Medical and sanitary report of the native army of Bengal for the year
Year: 1877
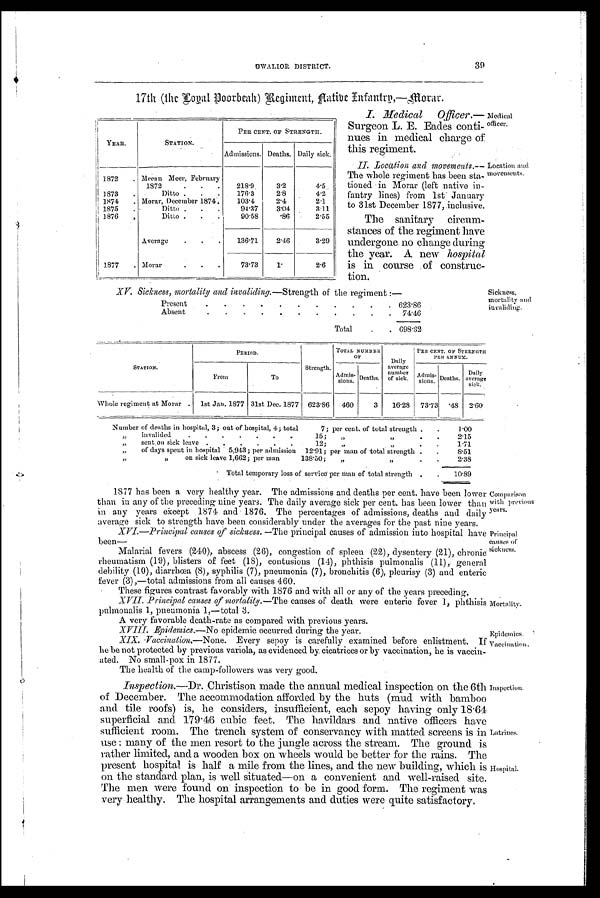
Medical
officer.
Location and
movements.
Comparison
with previous
years.
Principal
causes of
sickness.
Mortality.
Epidemics.
Vaccination.
39
G W A L I O R D I S T R I C T .
17th (the Loyal Doorbeah) Regiment, Native Infantry, —Morar.
YEAR.
STATION.
PER CENT. OF STRENGTH.
Admissions. Deaths. Daily sick.
1872
. Meean Meer, February
1872
. .
.
.
218.9
3.2
4.5
1873
.
Ditto .
.
.
176.3
2.8
4.2
1 8 7 4
.
Morar, December 1874.
103.4
2.4
2.1
1875
.
Ditto .
.
.
94.37
3.04
3.11
1876 ,
Ditto .
.
.
90.58
. 8 6
2.55
Average
.
.
.
136.71
2.46
3.29
1877
. Morar
.
.
.
73.73
1.
2.6
I. Medical Officer.—
Surgeon L. E. Eades conti-
nues in medical charge of
this regiment.
II. Location and movements.—
The whole regiment has been sta-
tioned in Morar (left native in-
fantry lines) from 1st January
to 31st December 1877, inclusive.
Th e sanitary circum-
stances of the regiment have
undergone no change during
the year. A new hospital
is in course of construc-
tion.
XV. Sickness, mortality and invaliding,—Strength of the regiment
Present
.
.
.
.
.
.
.
.
.
.
. 623.86
Absent
.
.
.
.
.
.
.
.
.
.
.
74.46
Total
.
6 9 8 . 3 2
Sickness,
mortality and invaliding.
S T A T I O N
PERIOD.
Strength.
TOTAL NUMBER OF
Daily
average number of sick.
PER CENT. OF STRENGTH
PER ANNUM.
F r o m
To
A d m i s - s i o n
D e a t h s .
Admis-sions.Deaths.
D a i l y
a v e r a g e s i c k .
W h o l e r e g i m e n t a t M o r a r
.
1 s t J a n . 1 8 7 7
31st Dec. 1877623.86
4 6 0
3 16.28 73.73.48
2 . 6 0
Number of deaths in hospital, 3; out of hospital, 4; total
7; per cent. of total strength .
.
1.00
„
invalided
.
.
.
.
15;
”
„
.
.
2.15
„
sent on sick leave .
.
.
.
.
.
12;
„
,,
.
.
1.71
„
of days spent in hospital 5,943; per admission 12.91; per man of total strength .
.
8.51
”
on sick leave 1,662; per man
138.50;
„
”
.
.
2.38
Total temporary loss of service per man of total strength .
.
10.89
1877 has been a very healthy year. The admissions and deaths per cent. have been lower
than in any of the preceding nine years. The daily average sick per cent. has been lower than
in any years except 1874 and 1876. The percentages of admissions, deaths and daily
average sick to strength have been considerably under the averages for the past nine years.
XVI.—Principal causes of sickness. —The principal causes of admission into hospital have
been—
Malarial fevers (240), abscess (26), congestion of spleen (22), dysentery (21), chronic
rheumatism (19), blisters of feet (18), contusions (14), phthisis pulmonalis (11), general
debility (10), diarrhœa (8), syphilis (7), pneumonia (7), bronchitis (6), pleurisy (3) and enteric
fever (3),—total admissions from all causes 460.
• These figures contrast favorably with 1876 and with all or any of the years preceding.
XVII. Principal causes of mortality.— The causes of death were enteric fever 1, phthisis
pulmonalis 1, pneumonia 1,—total 3.
A very favorable death-rate as compared with previous years.
E p i d e m i c s . —
N o
e p i d e m i c o c c u r r e d d u r i n g t h e y e a r .
XIX. Vaceination.— None . Every sepoy is carefully examined before enlistment. If
he be not protected by previous variola, as evidenced by. cicatrices or by vaccination, he is vaccin-
ated. No small-pox in 1877.
The health of the camp-followers was very good.
Inspection.—Dr. Christison made the annual medical inspection on the 6th
of December. The accommodation afforded by the huts (mud with bamboo
and. tile roofs) is, he considers, insufficient, each sepoy having only 18.64
superficial and 179.46 cubic feet. The havildars and native officers have
sufficient room. The trench system of conservancy with matted screens is in
use: many of the men resort to the jungle across the stream. The ground is
rather limited, and a wooden box on wheels would be better for the rains. The
present hospital is half a mile from the lines, and the new building, which is
on the standard plan, is well situated—on a convenient and well-raised site.
The men were found on inspection to be in good form. The regiment was
very healthy. The hospital arrangements and duties were quite satisfactory.
Inspection.
Latrines.
Hospital.